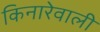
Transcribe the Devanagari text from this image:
किनारेवाली